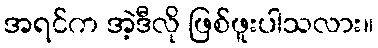
အရင်က အဲ့ဒီလို ဖြစ်ဖူးပါသလား။